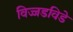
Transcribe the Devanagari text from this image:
विज्जडविडे